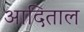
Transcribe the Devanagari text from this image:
आदिताल